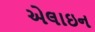
એલાઇન